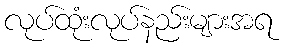
လုပ်ထုံးလုပ်နည်းများအရ